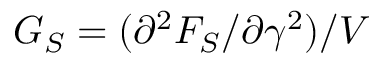
G _ { S } = ( \partial ^ { 2 } F _ { S } / \partial \gamma ^ { 2 } ) / V